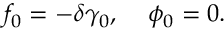
f _ { 0 } = - \delta \gamma _ { 0 } , \; \; \; \; \phi _ { 0 } = 0 .